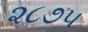
૨૮૭૫